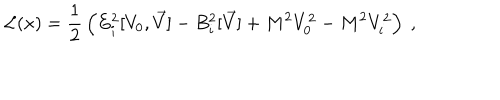
{ \cal L } ( x ) = { \frac { 1 } { 2 } } \left( E _ { i } ^ { 2 } [ V _ { 0 } , \vec { V } ] - B _ { i } ^ { 2 } [ \vec { V } ] + M ^ { 2 } V _ { 0 } ^ { 2 } - M ^ { 2 } V _ { i } ^ { 2 } \right) ~ ,